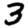
Digit: 3